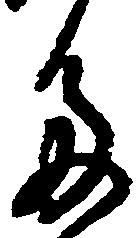
多